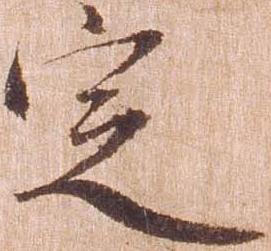
定